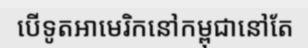
បើទូតអាមេរិកនៅកម្ពុជានៅតែ